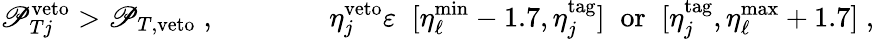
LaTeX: \mathscr{P}_{Tj}^{\mathrm{{veto}}}>\mathscr{P}_{T,\mathrm{{veto}}}\; ,\qquad\qquad\eta_{j}^{\mathrm{{veto}}}\varepsilon\; \; [\eta_{\ell}^{\mathrm{{min}}}-1.7,\eta_{j}^{\mathrm{{tag}}}]\; \; \mathrm{{or}}\; \; [\eta_{j}^{\mathrm{{tag}}},\eta_{\ell}^{\mathrm{{max}}}+1.7]\; ,